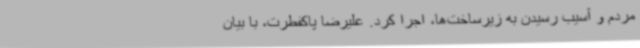
مردم و آسیب رسیدن به زیرساخت‌ها، اجرا کرد. علیرضا پاکفطرت، با بیان